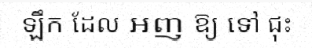
ឡឹក ដែល អញ ឱ្យ ទៅ ជុះ